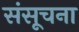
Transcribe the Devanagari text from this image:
संसूचना